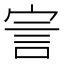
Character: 㝘